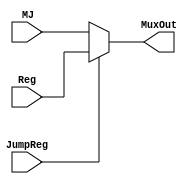
module MuxJr (MJ, Reg, JumpReg, MuxOut);

	input [31:0] MJ, Reg;
	input JumpReg;
	output reg [31:0] MuxOut;
	
	always@(*)
		begin
			if (JumpReg )
				MuxOut <= Reg;
			else
				MuxOut <= MJ;
		end
		
endmodule